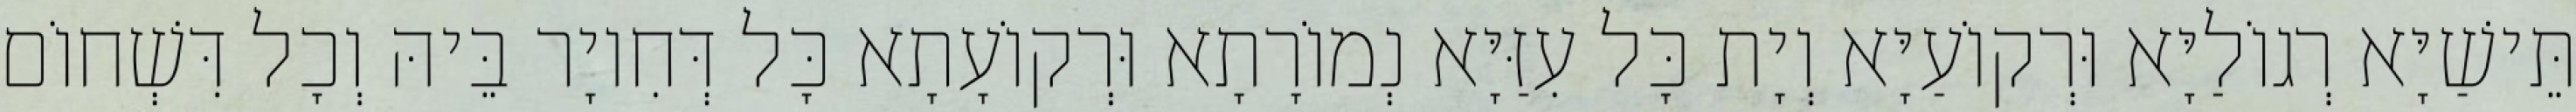
תֵּישַׁיָּא רְגוֹלַיָּא וּרְקוֹעַיָּא וְיָת כָּל עִזַּיָּא נְמוֹרָתָא וּרְקוֹעָתָא כָּל דְּחִיוָר בֵּיהּ וְכָל דִּשְׁחוֹם